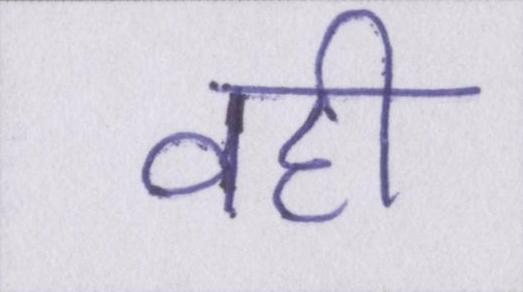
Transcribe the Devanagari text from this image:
वही